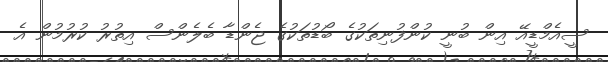
ސީއެމްޑީއޭ އިން ބުނީ ކުންފުނިތަކުގެ ބޯޑުތަކުގެ ޖެންޑާ ބެލެންސް އިތުރު ކުރުމުން އެ